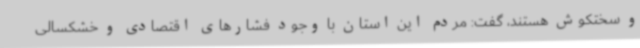
و سختکوش هستند، گفت: مردم این استان با وجود فشارهای اقتصادی و خشکسالی